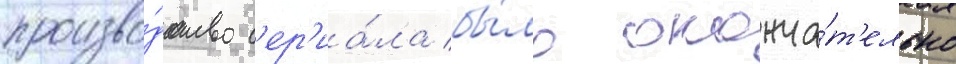
произво́дство с'ер'иа́ла бы́ло оконча́т'ельно